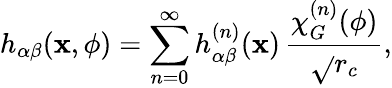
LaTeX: h_{\alpha\beta}(\mathbf{x},\phi)=\sum_{n=0}^{\infty}h_{\alpha\beta}^{(n)}(\mathbf{x})\, \frac{{\chi_{G}^{(n)}(\phi)}}{{\sqrt{}{{r_{c}}}}},